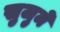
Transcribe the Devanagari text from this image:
सुजुमे